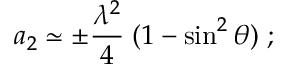
a _ { 2 } \simeq \pm { \frac { \lambda ^ { 2 } } { 4 } } \; ( 1 - \sin ^ { 2 } \theta ) \; ;